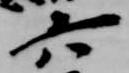
六